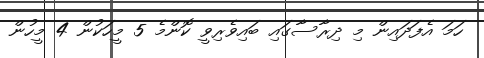
ހަމަ އެފަދައިން މި ދިރާސާގައި ބައިވެރިވީ ކޮންމެ 5 މީހަކުން 4 މީހުން